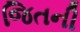
જિતની